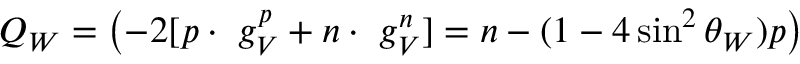
Q _ { W } = \left( - 2 [ p \cdot ~ g _ { V } ^ { p } + n \cdot ~ g _ { V } ^ { n } ] = n - ( 1 - 4 \sin ^ { 2 } \theta _ { W } ) p \right)